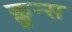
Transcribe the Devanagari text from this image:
क्लुन्स